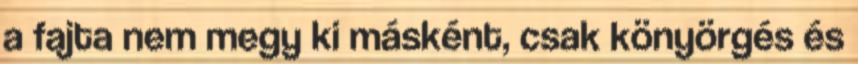
a fajta nem megy ki másként, csak könyörgés és